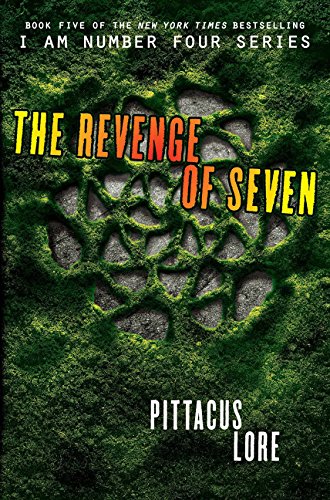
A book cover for The Revenge of Seven (Lorien Legacies); Pittacus Lore; Teen & Young Adult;